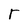
Character: r